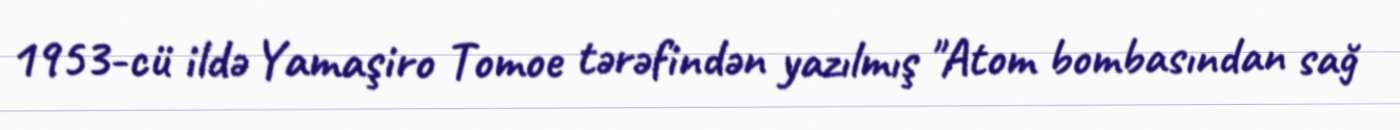
1953-cü ildə Yamaşiro Tomoe tərəfindən yazılmış "Atom bombasından sağ